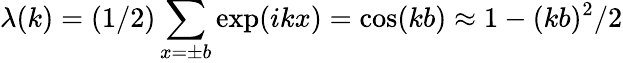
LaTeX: \lambda(k)=(1/2)\sum_{x=\pm b}\exp(ikx)=\cos(kb)\approx 1-(kb)^{2}/2